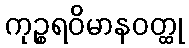
ကုဉ္စရဝိမာနဝတ္ထု